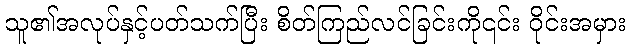
သူ၏အလုပ်နှင့်ပတ်သက်ပြီး စိတ်ကြည်လင်ခြင်းကို၎င်း ဝိုင်းအမှား